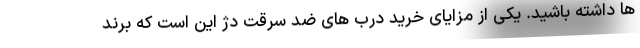
ها داشته باشید. یکی از مزایای خرید درب های ضد سرقت دژ این است که برند